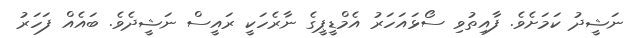
ނަޝީދު ކަމަށެވެ. ފާއިތުވި ސޯޅައަހަރު އެމްޑީޕީގެ ނާރެހަކީ ރައީސް ނަޝީދެވެ. ބައެއް ފަހަރު